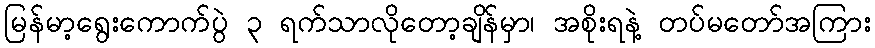
မြန်မာ့ရွေးကောက်ပွဲ ၃ ရက်သာလိုတော့ချိန်မှာ၊ အစိုးရနဲ့ တပ်မတော်အကြား